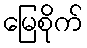
မြေစိုက်